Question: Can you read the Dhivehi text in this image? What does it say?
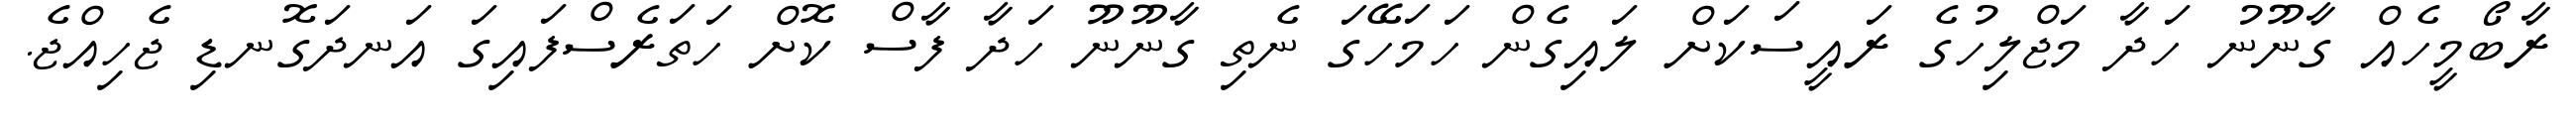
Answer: ރާބޯމީހެއް ގާނޫނު ހަދާ މަޖްލިހުގެ ރައީސަކަށް ލައިގެން ހަމަހޭގަ ނެތި ގާނޫނޫ ހަދާ ފާސް ކޮށް ހަތަރެސްފައިގަ އަނދަގޮނޑި ޖެހިއްޖެ.